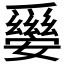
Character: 𤕀